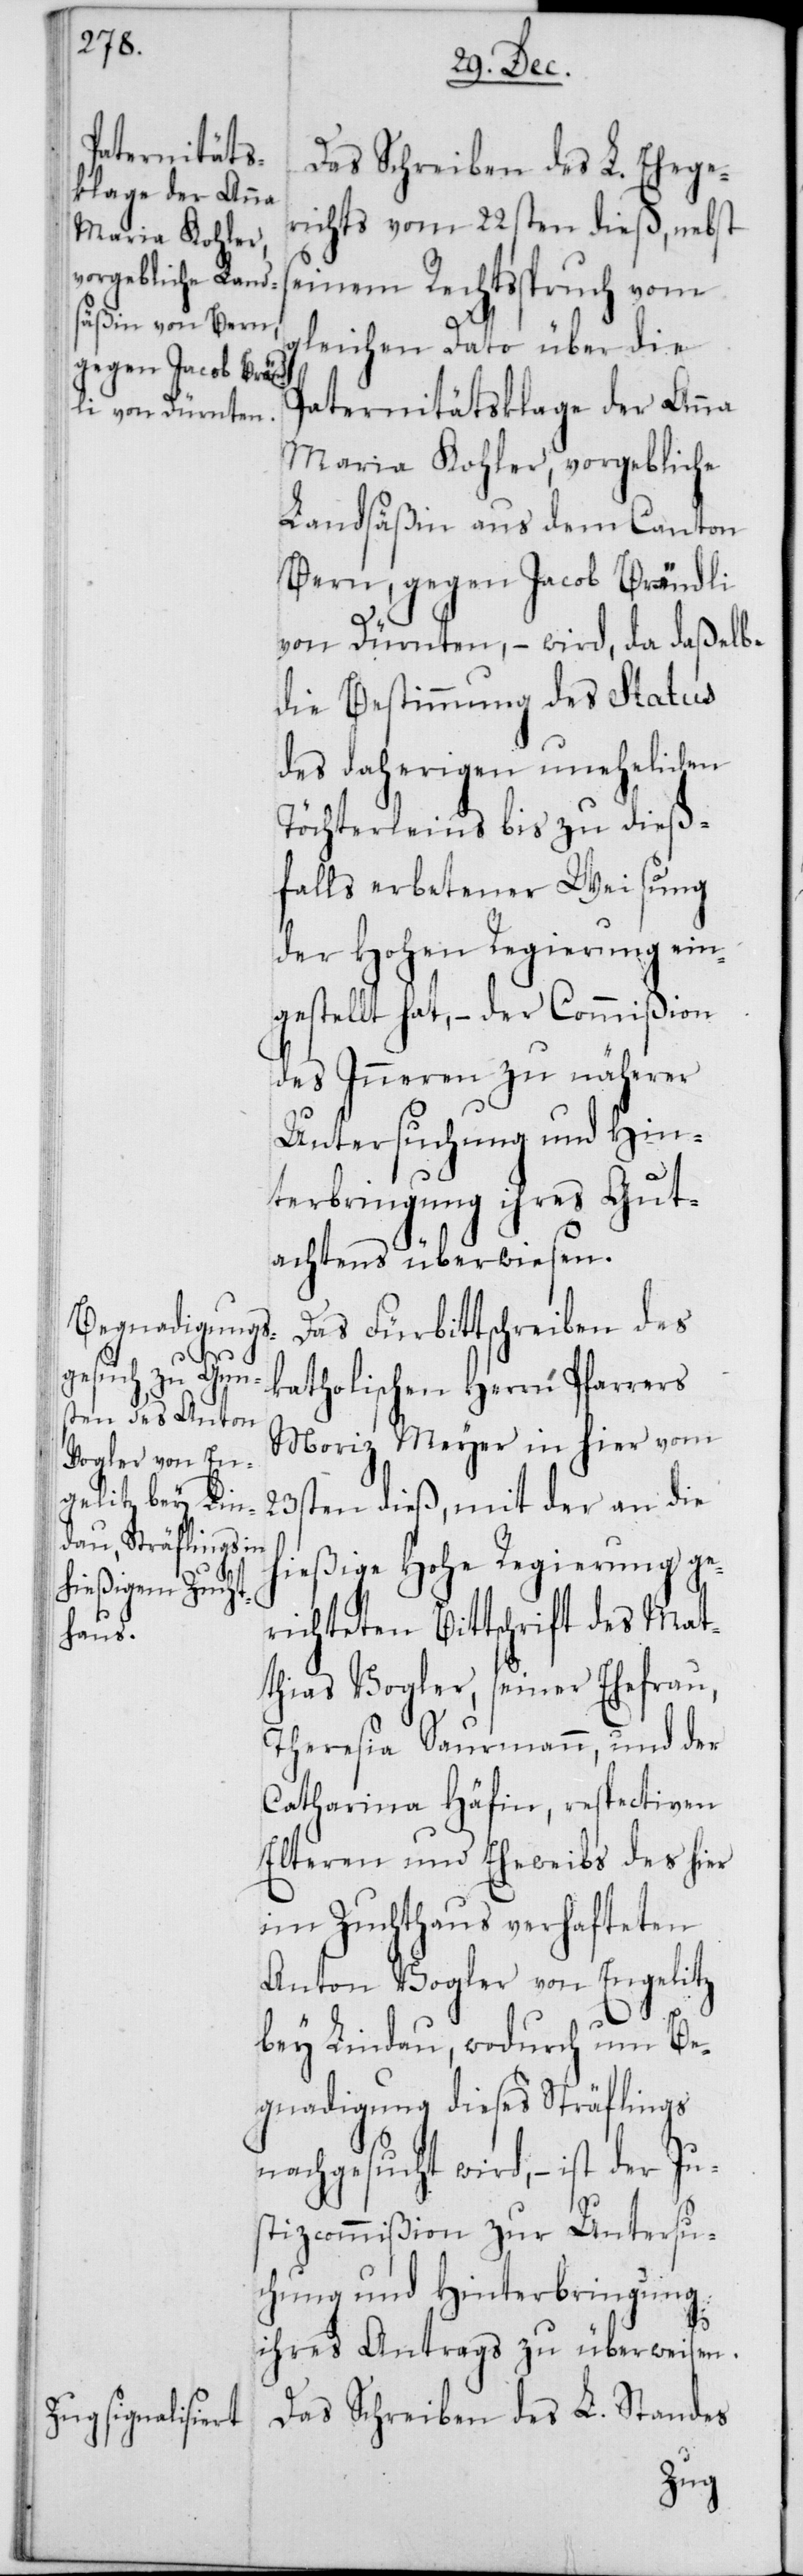
Jus¬

Das Schreiben des L. Ehege¬
richts vom 22sten dieß, nebst
seinem Rechtsspruch vom
gleichen Dato über die
Paternitätsklage der Anna
Maria Kohler, vorgebliche
Landsäßin aus dem Canton
Bern, gegen Jacob Brändli
von Dürnten, – wird, da daßelbe
die Bestimmung des Status
des daherigen unehelichen
Töchterleins bis zu dieß¬
falls erbetener Weisung
der Hohen Regierung ein¬
gestellt hat, – der Commißion
des Inneren zu näherer
Untersuchung und Hin¬
terbringung ihres Gut¬
achtens überwiesen.
Das Fürbittschreiben des
katholischen Herrn Pfarrers
Moriz Meyer in hier vom
23sten dieß, mit der an die
hießige Hohe Regierung ge¬
richteten Bittschrift des Mat¬
thias Vogler, seiner Ehefrau,
Theresia Saurmann, und der
Catharina Häfin, respectiven
Elteren und Eheweibs des hier
im Zuchthaus verhafteten
Anton Vogler von Engelitz
bey Lindau, wodurch um Be¬
gnadigung dieses Sträflings
nachgesucht wird, – ist der
tizcommißion zur Untersu¬
chung und Hinterbringung
ihres Antrags zu überweisen.
Das Schreiben des L Standes